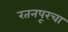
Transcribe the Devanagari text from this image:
रतनपूरचा